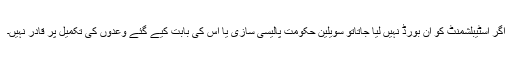
اگر اسٹیبلشمنٹ کو آن بورڈ نہیں لیا جاتاتو سویلین حکومت پالیسی سازی یا اس کی بابت کیے گئے وعدوں کی تکمیل پر قادر نہیں۔